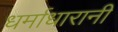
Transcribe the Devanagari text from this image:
धर्माधारानी